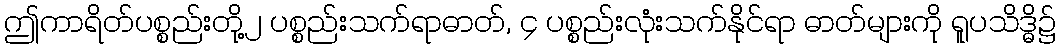
ဤကာရိတ်ပစ္စည်းတို့၂ ပစ္စည်းသက်ရာဓာတ်, ၄ ပစ္စည်းလုံးသက်နိုင်ရာ ဓာတ်များကို ရူပသိဒ္ဓိ၌